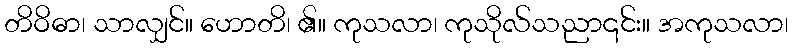
တိဝိဓာ၊ သာလျှင်။ ဟောတိ၊ ၏။ ကုသလာ၊ ကုသိုလ်သညာ၎င်း။ အကုသလာ၊